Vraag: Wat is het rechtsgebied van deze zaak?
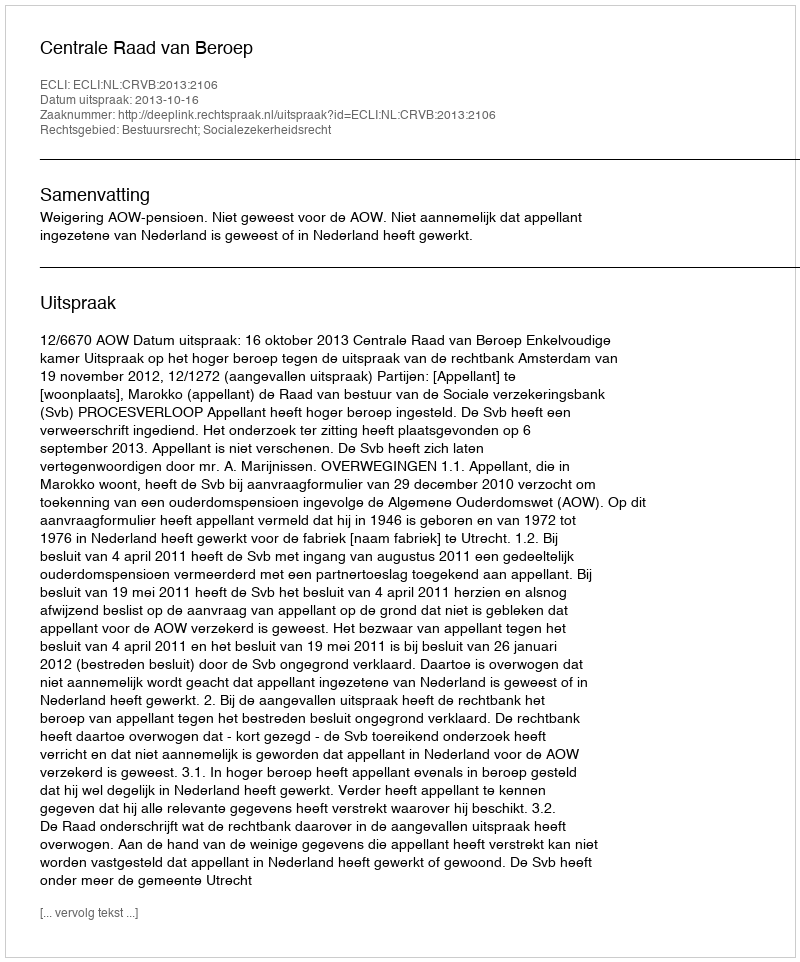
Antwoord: Bestuursrecht; Socialezekerheidsrecht